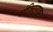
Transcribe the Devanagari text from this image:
मंजिऱ्यावर